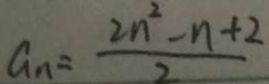
a _ { n } = \frac { 2 n ^ { 2 } - n + 2 } { 2 }